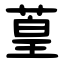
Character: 葟